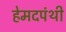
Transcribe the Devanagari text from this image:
हेमदपंथी